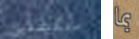
ستكتشفين بما